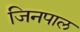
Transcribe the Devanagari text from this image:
जिनपाल